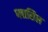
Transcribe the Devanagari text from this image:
प्लासिल